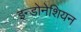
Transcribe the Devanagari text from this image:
इन्डोनेशियन